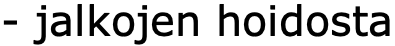
- jalkojen hoidosta